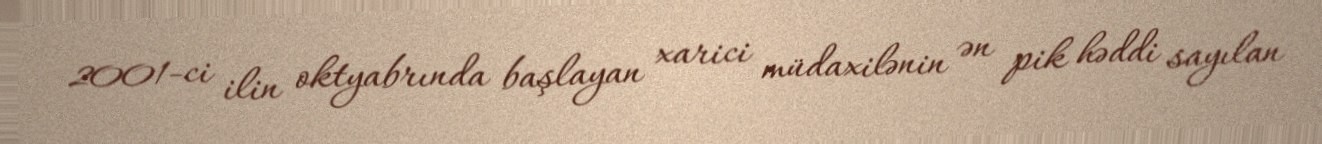
2001-ci ilin oktyabrında başlayan xarici müdaxilənin ən pik həddi sayılan